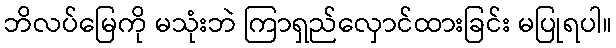
ဘိလပ်မြေကို မသုံးဘဲ ကြာရှည်လှောင်ထားခြင်း မပြုရပါ။